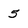
Character: 5